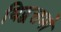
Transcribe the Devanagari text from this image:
विद्वत्तमो